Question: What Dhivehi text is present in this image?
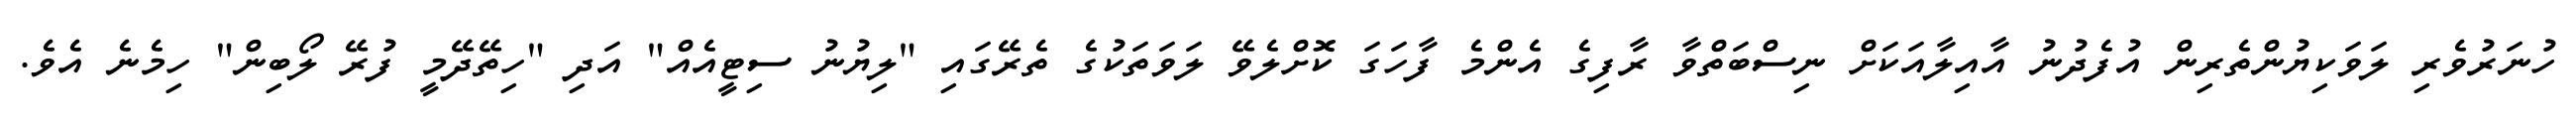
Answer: ހުނަރުވެރި ލަވަކިޔުންތެރިން އުފެދުނު އާއިލާއަކަށް ނިސްބަތްވާ ރާފިގެ އެންމެ ފާހަގަ ކޮށްލެވޭ ލަވަތަކުގެ ތެރޭގައި "ލިޔުނު ސިޓީއެއް" އަދި "ހިތޭދޭމީ ފުރޭ ލޯބިން" ހިމެނެ އެވެ.